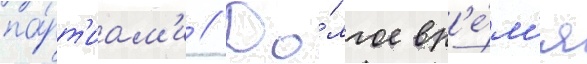
па́рт'иам'и // До́лгое вр'е́м'я